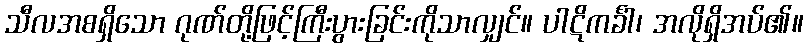
သီလအစရှိသော ဂုဏ်တို့ဖြင့်ကြီးပွားခြင်းကိုသာလျှင်။ ပါဋိကင်္ခါ၊ အလိုရှိအပ်၏။